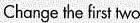
Change the first two